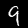
Label: 9